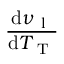
\frac { \mathrm { d } \nu _ { \mathrm { ~ l ~ } } } { \mathrm { d } T _ { \mathrm { ~ T ~ } } }